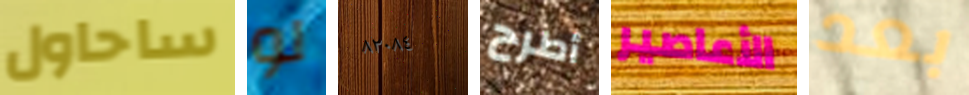
ساحاول لو ٨٢٠٨٤ أطرح الأعاصير بعد